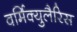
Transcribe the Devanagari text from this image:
वर्मिक्युलैरिस